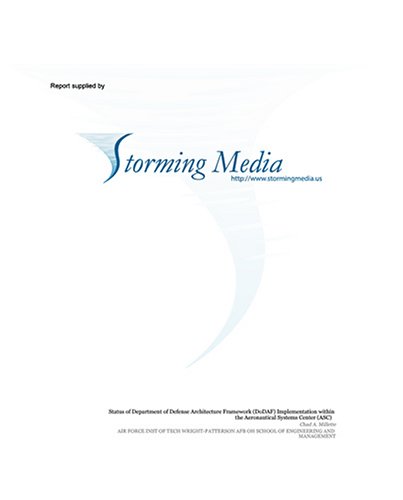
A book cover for The Effects of Natural Locomotion on Maneuvering Task Performance in Virtual and Real Environments; Eray Unguder; Health, Fitness & Dieting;